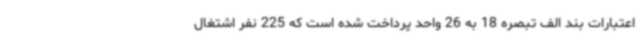
اعتبارات بند الف تبصره 18 به 26 واحد پرداخت شده است که 225 نفر اشتغال